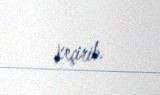
keçirib.